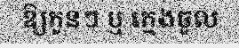
ឱ្យកូនៗ ឬ ក្មេងចូល